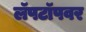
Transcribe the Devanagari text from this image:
लॅपटॉपवर